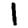
Digit: 1